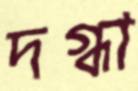
দগ্ধা